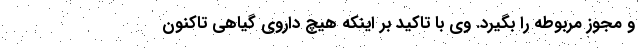
و مجوز مربوطه را بگیرد. وی با تاکید بر اینکه هیچ داروی گیاهی‌ تاکنون